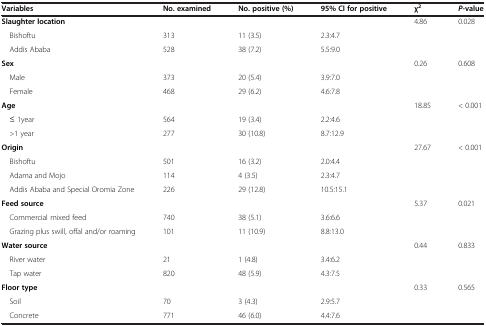
<table><thead><tr><td><b>Variables</b></td><td><b>No. examined</b></td><td><b>No. positive (%)</b></td><td><b>95% CI for positive</b></td><td><b>χ<sup>2</sup></b></td><td><b><i>P</i>-value</b></td></tr></thead><tbody><tr><td><b>Slaughter location</b></td><td> </td><td> </td><td> </td><td>4.86</td><td>0.028</td></tr><tr><td> Bishoftu</td><td>313</td><td>11 (3.5)</td><td>2.3:4.7</td><td> </td><td> </td></tr><tr><td> Addis Ababa</td><td>528</td><td>38 (7.2)</td><td>5.5:9.0</td><td> </td><td> </td></tr><tr><td><b>Sex</b></td><td> </td><td> </td><td> </td><td>0.26</td><td>0.608</td></tr><tr><td> Male</td><td>373</td><td>20 (5.4)</td><td>3.9:7.0</td><td> </td><td> </td></tr><tr><td> Female</td><td>468</td><td>29 (6.2)</td><td>4.6:7.8</td><td> </td><td> </td></tr><tr><td><b>Age</b></td><td> </td><td> </td><td> </td><td>18.85</td><td>&lt; 0.001</td></tr><tr><td> ≤ 1year</td><td>564</td><td>19 (3.4)</td><td>2.2:4.6</td><td> </td><td> </td></tr><tr><td> &gt;1 year</td><td>277</td><td>30 (10.8)</td><td>8.7:12.9</td><td> </td><td> </td></tr><tr><td><b>Origin</b></td><td> </td><td> </td><td> </td><td>27.67</td><td>&lt; 0.001</td></tr><tr><td> Bishoftu</td><td>501</td><td>16 (3.2)</td><td>2.0:4.4</td><td> </td><td> </td></tr><tr><td> Adama and Mojo</td><td>114</td><td>4 (3.5)</td><td>2.3:4.7</td><td> </td><td> </td></tr><tr><td> Addis Ababa and Special Oromia Zone</td><td>226</td><td>29 (12.8)</td><td>10.5:15.1</td><td> </td><td> </td></tr><tr><td><b>Feed source</b></td><td> </td><td> </td><td> </td><td>5.37</td><td>0.021</td></tr><tr><td> Commercial mixed feed</td><td>740</td><td>38 (5.1)</td><td>3.6:6.6</td><td> </td><td> </td></tr><tr><td> Grazing plus swill, offal and/or roaming</td><td>101</td><td>11 (10.9)</td><td>8.8:13.0</td><td> </td><td> </td></tr><tr><td><b>Water source</b></td><td> </td><td> </td><td> </td><td>0.44</td><td>0.833</td></tr><tr><td> River water</td><td>21</td><td>1 (4.8)</td><td>3.4:6.2</td><td> </td><td> </td></tr><tr><td> Tap water</td><td>820</td><td>48 (5.9)</td><td>4.3:7.5</td><td> </td><td> </td></tr><tr><td><b>Floor type</b></td><td> </td><td> </td><td> </td><td>0.33</td><td>0.565</td></tr><tr><td> Soil</td><td>70</td><td>3 (4.3)</td><td>2.9:5.7</td><td> </td><td> </td></tr><tr><td> Concrete</td><td>771</td><td>46 (6.0)</td><td>4.4:7.6</td><td> </td><td> </td></tr></tbody></table>